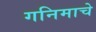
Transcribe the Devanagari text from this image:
गनिमाचे